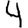
Digit: 4